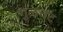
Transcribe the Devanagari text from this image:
गुळचट